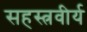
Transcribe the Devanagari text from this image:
सहस्त्रवीर्य